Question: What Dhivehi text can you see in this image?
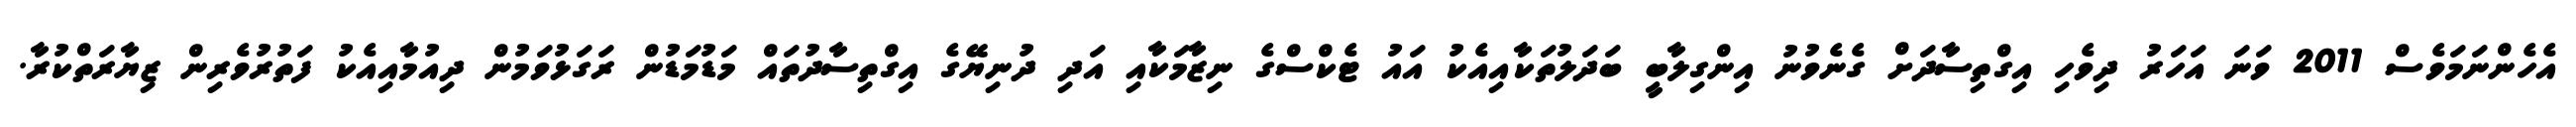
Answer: އެހެންނަމަވެސް 2011 ވަނަ އަހަރު ދިވެހި އިގްތިސާދަށް ގެނެވުނު އިންގިލާބީ ބަދަލުތަކާއިއެކު އައު ޓެކްސްގެ ނިޒާމަކާއި އަދި ދުނިޔޭގެ އިގްތިސާދުތައް މަޑުމަޑުން ރަގަޅުވަމުން ދިއުމާއިއެކު ފަތުރުވެރިން ޒިޔާރަތްކުރާ.